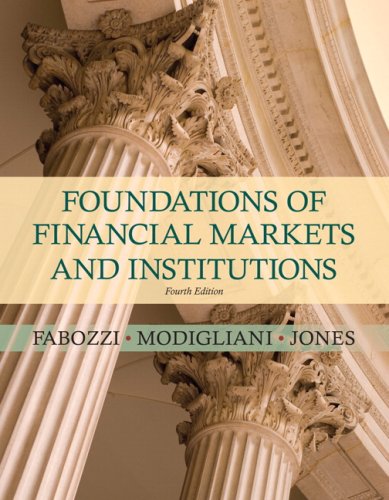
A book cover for Foundations of Financial Markets and Institutions (4th Edition); Frank J. Fabozzi; Business & Money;